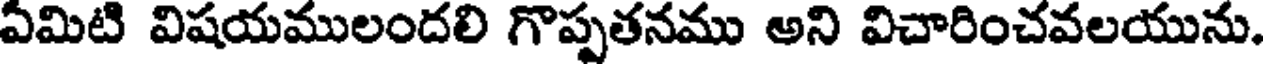
ఏమిటి విషయములందలి గొప్పతనము అని విచారించవలయును.